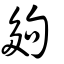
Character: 夠